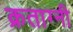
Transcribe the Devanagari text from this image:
क्रताग्नी